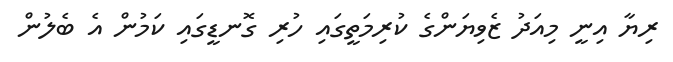
ރިޔާ އިނީ މިއަދު ޒެވިޔަންގެ ކުރިމަތީގައި ހުރި ގޮނޑީގައި ކަމުން އެ ބެލުން